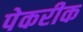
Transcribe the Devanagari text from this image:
पेकरीक